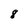
Character: 8